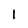
Character: 1